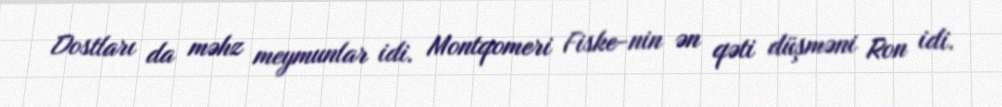
Dostları da məhz meymunlar idi. Montqomeri Fiske-nin ən qəti düşməni Ron idi.